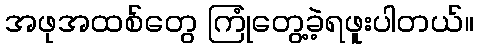
အဖုအထစ်တွေ ကြုံတွေ့ခဲ့ရဖူးပါတယ်။